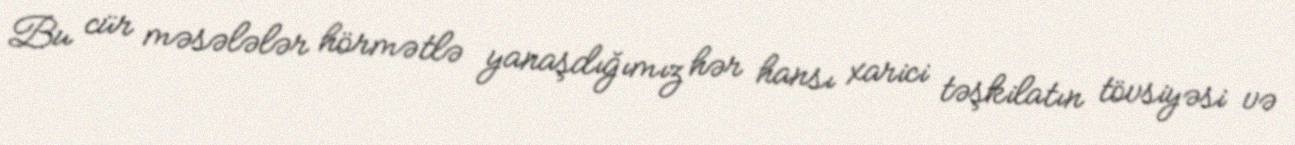
Bu cür məsələlər hörmətlə yanaşdığımız hər hansı xarici təşkilatın tövsiyəsi və